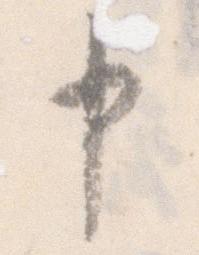
申